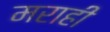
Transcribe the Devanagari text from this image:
मराही